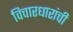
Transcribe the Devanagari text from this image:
विचारधारांची